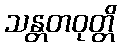
သန္တတဝုတ္တိ